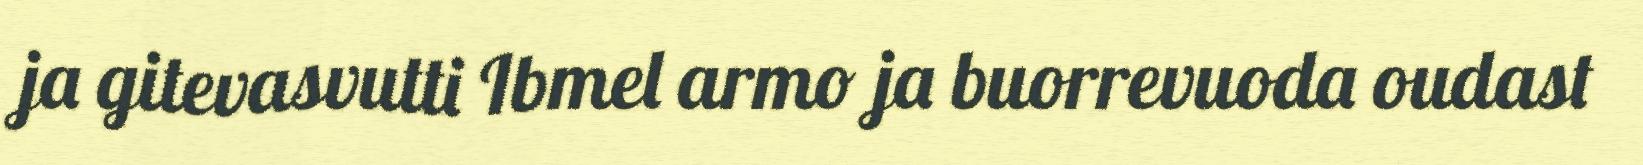
ja gitevasvutti Ibmel armo ja buorrevuoda oudast